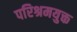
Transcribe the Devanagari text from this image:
परिश्रमयुक्त